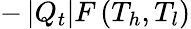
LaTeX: -\left|Q_{t}\right|F\left(T_{h},T_{l}\right)